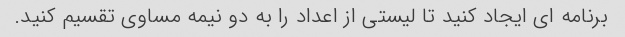
برنامه ای ایجاد کنید تا لیستی از اعداد را به دو نیمه مساوی تقسیم کنید.